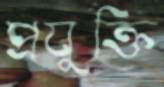
প্রযুক্তি